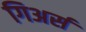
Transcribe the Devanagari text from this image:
गिअर्स